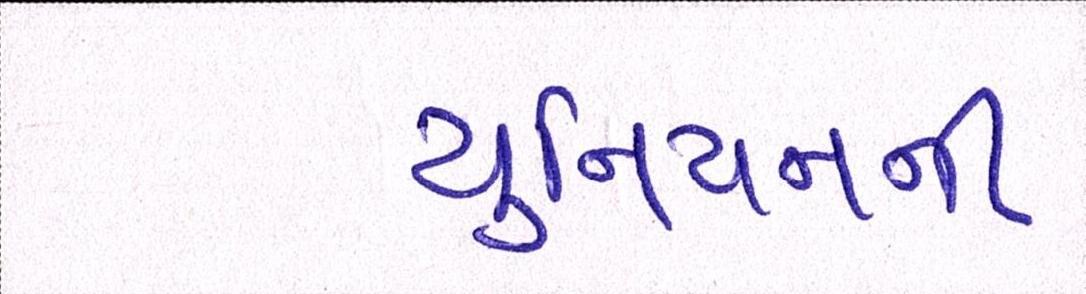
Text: યુનિયનની